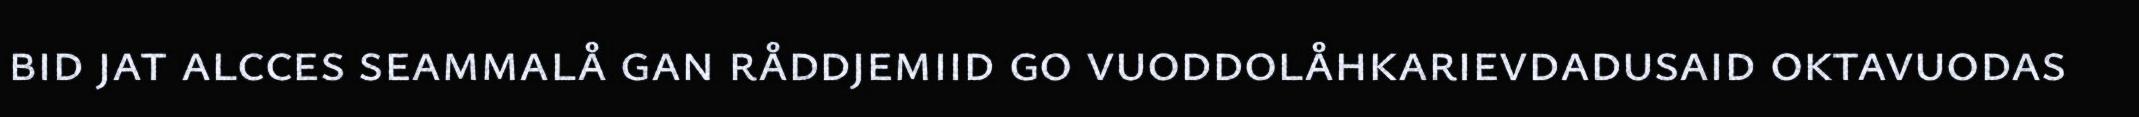
bid jat alcces seammalå gan råddjemiid go vuoddolåhkarievdadusaid oktavuodas